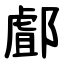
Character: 䣜